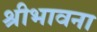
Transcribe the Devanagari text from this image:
श्रीभावना